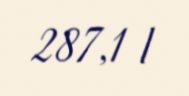
287,1 l